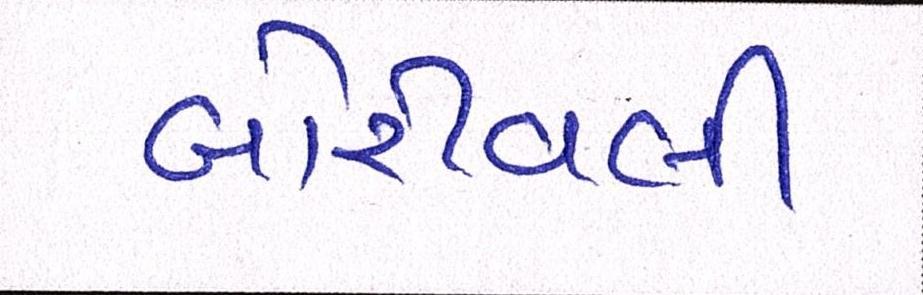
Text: બોરીવલી